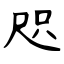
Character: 咫